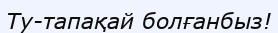
Ту-тапақай болғанбыз!